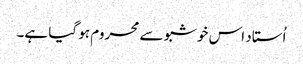
اُستاد اس خوشبو سے محروم ہو گیا ہے۔